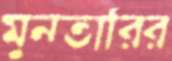
মুনতারির